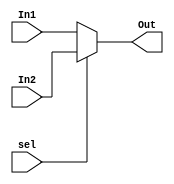
module Mux2_1(input [31:0]In1,
            input [31:0]In2,
            input sel,
            output [31:0]Out);
    assign Out = sel ? In2 : In1;
endmodule